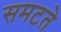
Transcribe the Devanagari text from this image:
समटते